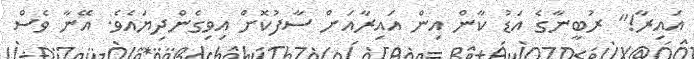
އައިރާ!" ރުބީނާގެ އަޑު ކާން އިން އައިރާއަށް ސާފުކޮށް އިވިގެންދިޔައެވެ. އޭނާ ވެސް